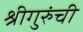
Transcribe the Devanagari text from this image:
श्रीगुरुंची